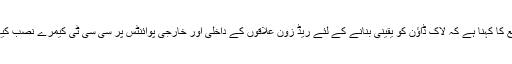
سرکاری ذرائع کا کہنا ہے کہ لاک ڈاؤن کو یقینی بنانے کے لئے ریڈ زون علاقوں کے داخلی اور خارجی پوائنٹس پر سی سی ٹی کیمرے نصب کیے جائیں گے۔